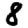
Digit: 8